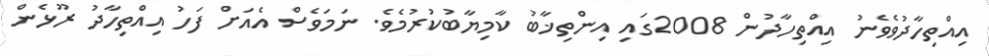
އިއްތިހާދުވެވެނު އިއްތިހާދުން 2008ގައި އިންތިޚާބު ކާމިޔާބުކުރުމެވެ. ނަމަވެސް އެއަށް ފަހު އިއްތިހާދު ރޫޅެން